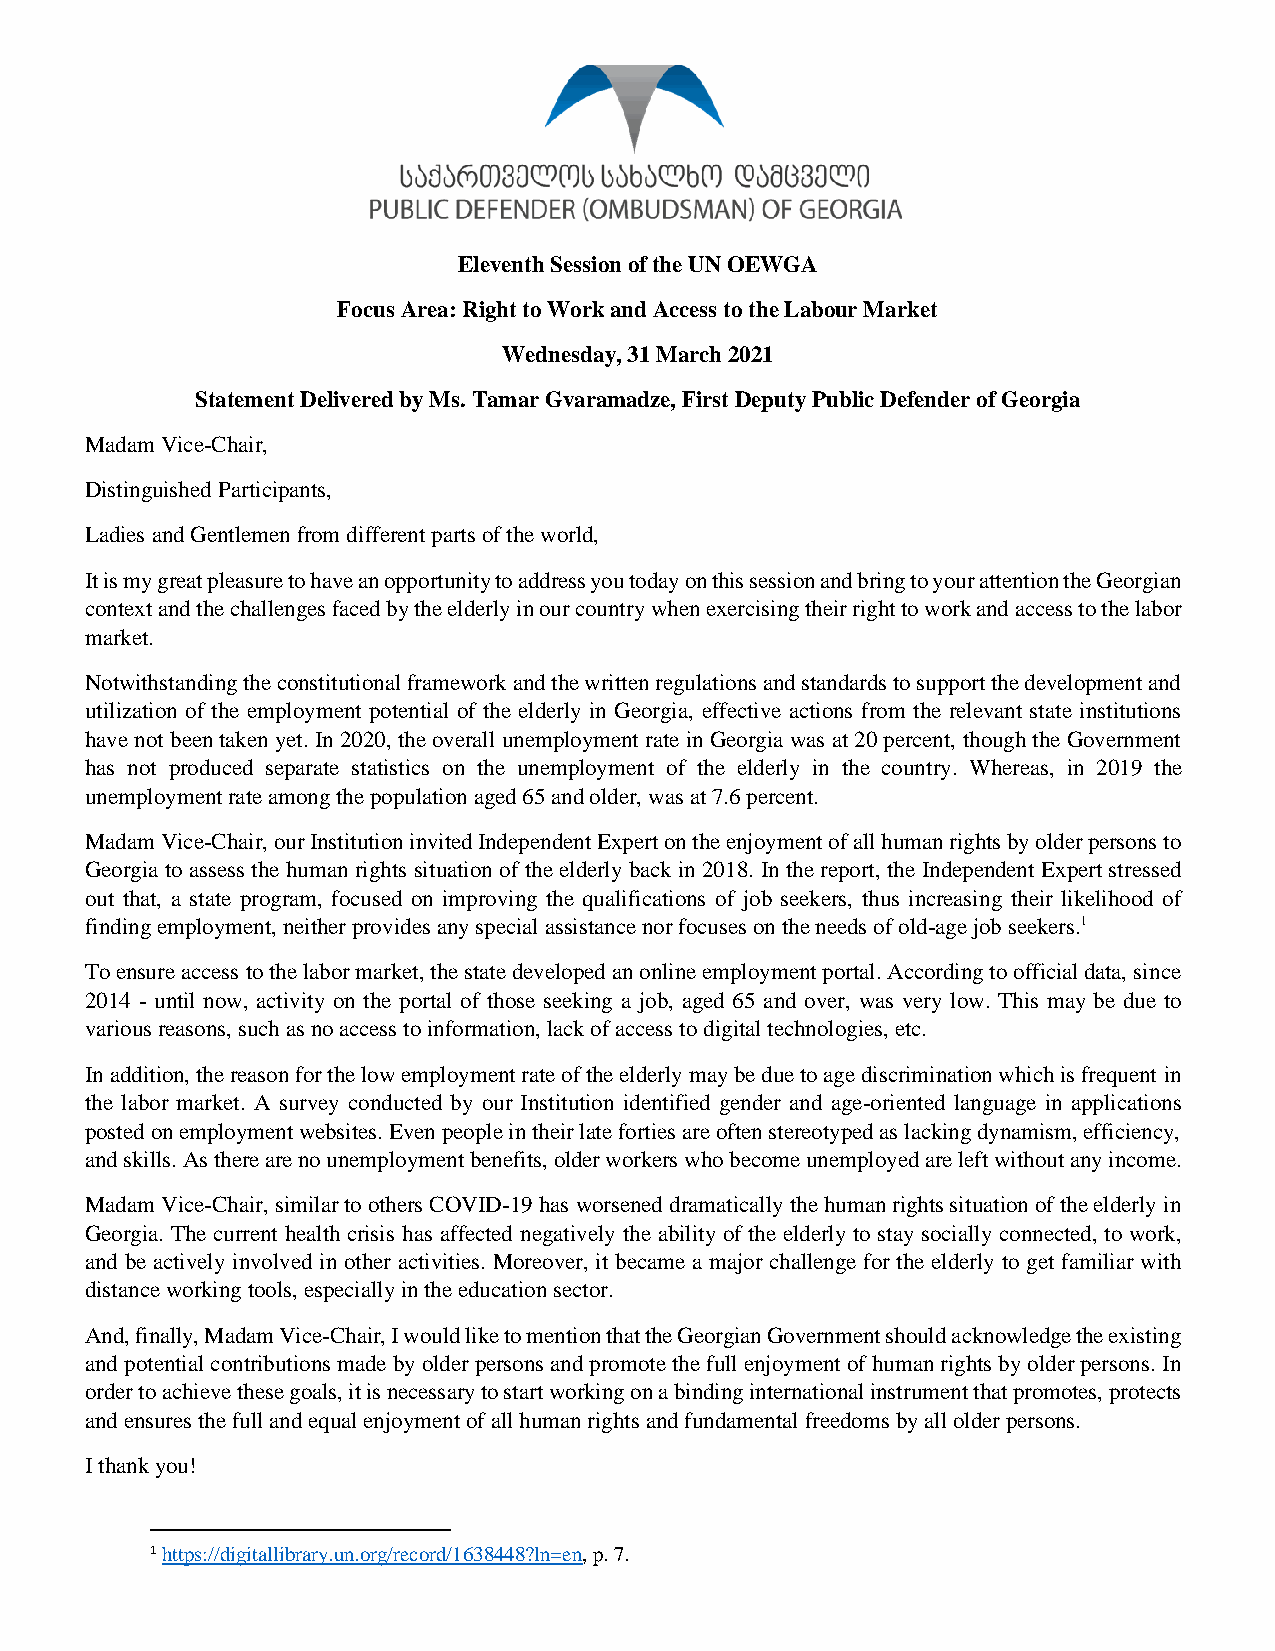
Eleventh Session of the UN OEWGA
 Focus Area: Right to Work and Access to the Labour Market
 Wednesday, 31 March 2021
 Statement Delivered by Ms. Tamar Gvaramadze, First Deputy Public Defender of Georgia
 Madam Vice-Chair,
 Distinguished Participants,
 Ladies and Gentlemen from different parts of the world,
 It is my great pleasure to have an opportunity to address you today on this session and bring to your attention the Georgian
 context and the challenges faced by the elderly in our country when exercising their right to work and access to the labor
 market.
 Notwithstanding the constitutional framework and the written regulations and standards to support the development and
 utilization of the employment potential of the elderly in Georgia, effective actions from the relevant state institutions
 have not been taken yet. In 2020, the overall unemployment rate in Georgia was at 20 percent, though the Government
 has not produced separate statistics on the unemployment of the elderly in the country. Whereas, in 2019 the
 unemployment rate among the population aged 65 and older, was at 7.6 percent.
 Madam Vice-Chair, our Institution invited Independent Expert on the enjoyment of all human rights by older persons to
 Georgia to assess the human rights situation of the elderly back in 2018. In the report, the Independent Expert stressed
 out that, a state program, focused on improving the qualifications of job seekers, thus increasing their likelihood of
 finding employment, neither provides any special assistance nor focuses on the needs of old-age job seekers.1
 To ensure access to the labor market, the state developed an online employment portal. According to official data, since
 2014 - until now, activity on the portal of those seeking a job, aged 65 and over, was very low. This may be due to
 various reasons, such as no access to information, lack of access to digital technologies, etc.
 In addition, the reason for the low employment rate of the elderly may be due to age discrimination which is frequent in
 the labor market. A survey conducted by our Institution identified gender and age-oriented language in applications
 posted on employment websites. Even people in their late forties are often stereotyped as lacking dynamism, efficiency,
 and skills. As there are no unemployment benefits, older workers who become unemployed are left without any income.
 Madam Vice-Chair, similar to others COVID-19 has worsened dramatically the human rights situation of the elderly in
 Georgia. The current health crisis has affected negatively the ability of the elderly to stay socially connected, to work,
 and be actively involved in other activities. Moreover, it became a major challenge for the elderly to get familiar with
 distance working tools, especially in the education sector.
 And, finally, Madam Vice-Chair, I would like to mention that the Georgian Government should acknowledge the existing
 and potential contributions made by older persons and promote the full enjoyment of human rights by older persons. In
 order to achieve these goals, it is necessary to start working on a binding international instrument that promotes, protects
 and ensures the full and equal enjoyment of all human rights and fundamental freedoms by all older persons.
 I thank you!
 1 https://digitallibrary.un.org/record/1638448?ln=en, p. 7.